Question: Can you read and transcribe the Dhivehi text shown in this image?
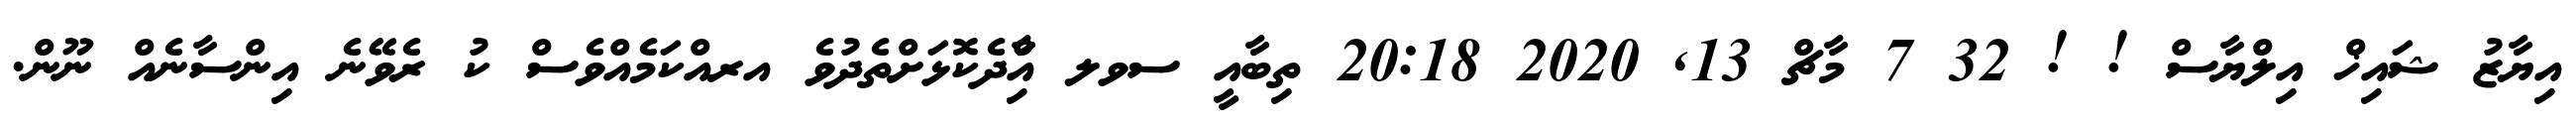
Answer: އިޔާޒު ޝައިޚް އިލްޔާސް ! ! 32 7 މާޗް 13, 2020 20:18 ތިބާއީ ސވލ އާްިދެކޮޅަށްތެދުވެ އރއްކަމެއްވެސް ކު ރެވޭނެ އިންސާނެއް ނޫން.